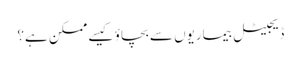
ڈیجیٹل بیماریوں سے بچاؤ کیسے ممکن ہے؟